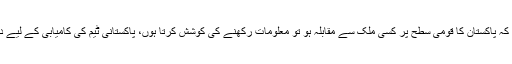
البتہ قومی سطح پر کھیلوں سے اس حد تک دلچسپی ضرور باقی رہی کہ پاکستان کا قومی سطح پر کسی ملک سے مقابلہ ہو تو معلومات رکھنے کی کوشش کرتا ہوں، پاکستانی ٹیم کی کامیابی کے لیے دعا کرتا ہوں اور کامیابی مل جائے تو خوشی کا اظہار بھی کرتا ہوں۔